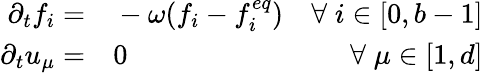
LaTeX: \begin{array}{rlr}{\partial_{t}f_{i}=}&{{}-\omega(f_{i}-f_{i}^{eq})}&{\forall\; i\in[0,b-1]}\\ {\partial_{t}u_{\mu}=}&{{}0}&{\forall\; \mu\in[1,d]}\end{array}